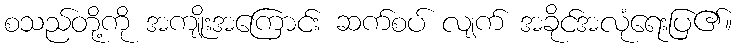
စသည်တို့ကို အကျိုးအကြောင်း ဆက်စပ် လျက် အခိုင်အလုံရေးပြ၏။